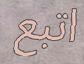
اتبع